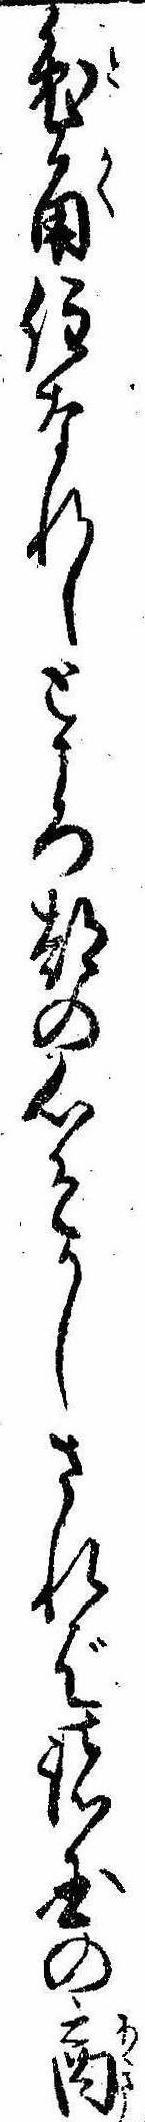
兎角住なれしところ都の心そかしされば諸国の商